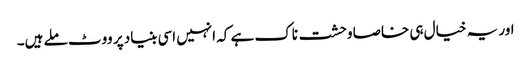
اور یہ خیال ہی خاصا وحشت ناک ہے کہ انہیں اسی بنیاد پر ووٹ ملے ہیں۔